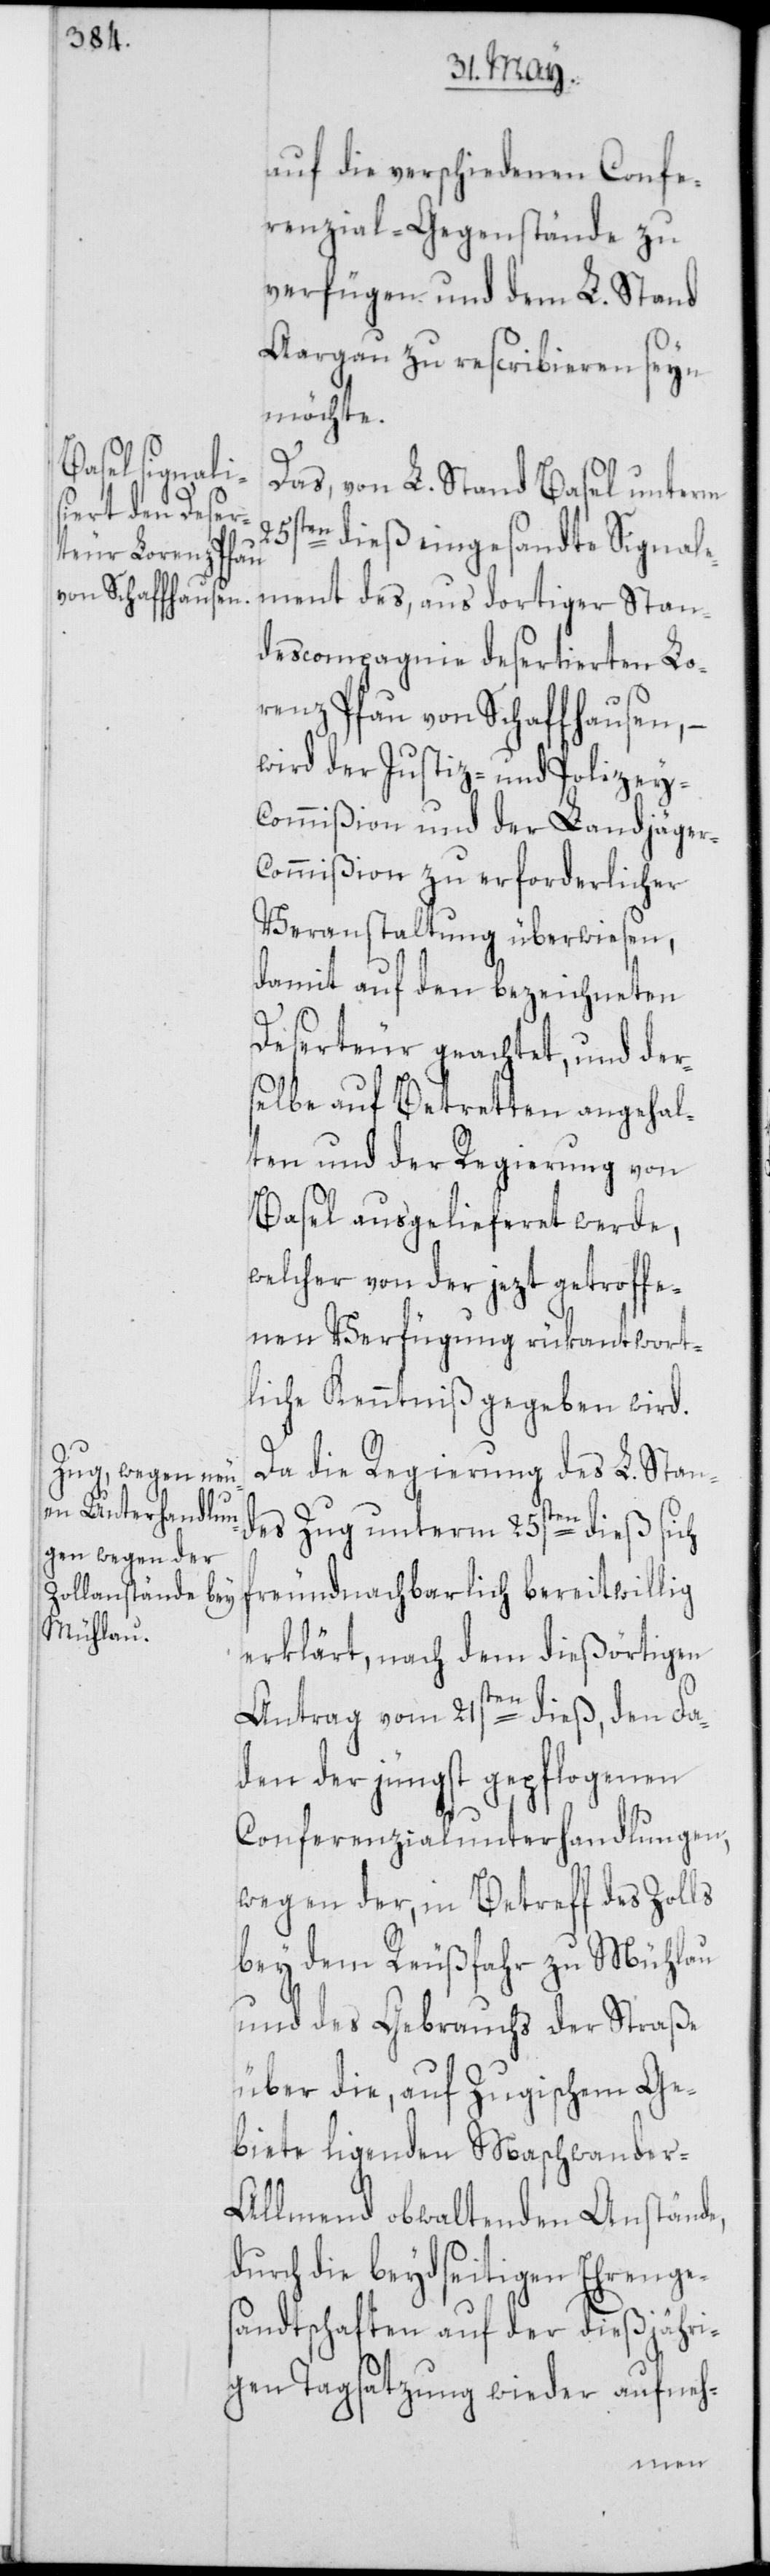
auf die verschiedenen Confe¬
renzial-Gegenstände zu
verfügen und dem L. Stand
Aargau zu rescribieren seyn
möchte.
Das, von L. Stand Basel unterm
25sten dieß eingesandte Signale¬
ment des, aus dortiger Stan¬
descompagnie desertierten Lo¬
renz Pfau von Schaffhausen, –
wird der Justiz- und Polizey-C¬
ommißion und der Landjäge¬
ommißion zu erforderlicher
Veranstaltung überwiesen,
damit auf den bezeichneten
Deserteur geachtet, und der¬
selbe auf Betretten angehal¬
ten und der Regierung von
Basel ausgelieferet werde,
welcher von der jezt getroffe¬
nen Verfügung rükantwort¬
liche Kenntniß gegeben wird.
Da die Regierung des L. Stan¬
des Zug unterm 25sten dieß sich
freundnachbarlich bereitwillig
erklärt, nach dem dießörtigen
r-C¬
Antrag vom 21sten dieß, den Fa¬
den der jüngst gepflogenen
Conferenzialunterhandlungen,
wegen der, in Betreff des Zolls
bey dem Reußfahr zu Mühlau
und des Gebrauchs der Straße
über die, auf Zugischem Ge¬
biete ligende Maschwander-A¬
llmend obwaltenden Anstände,
durch die beydseitigen Ehrenge¬
sandtschaften auf der dießjähri¬
gen Tagsatzung wieder aufneh-